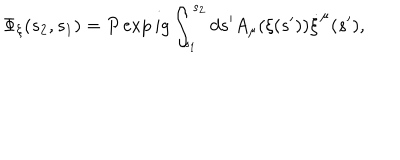
\Phi _ { \xi } ( s _ { 2 } , s _ { 1 } ) = P \exp i g \int _ { s _ { 1 } } ^ { s _ { 2 } } d s ^ { \prime } A _ { \mu } ( \xi ( s ^ { \prime } ) ) \dot { \xi } ^ { \mu } ( s ^ { \prime } ) ,